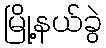
မြို့နယ်ခွဲ